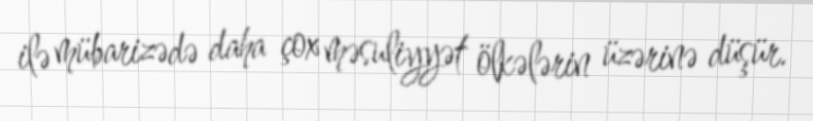
ilə mübarizədə daha çox məsuliyyət ölkələrin üzərinə düşür.